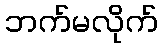
ဘက်မလိုက်